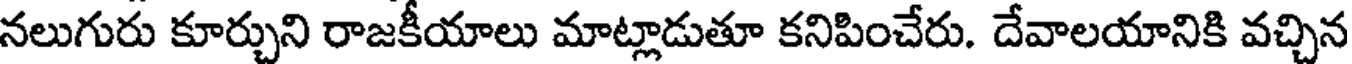
నలుగురు కూర్చుని రాజకీయాలు మాట్లాడుతూ కనిపించేరు. దేవాలయానికి వచ్చిన